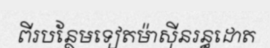
ពីរបន្ថែមទៀតម៉ាស៊ីនរន្ធដោត